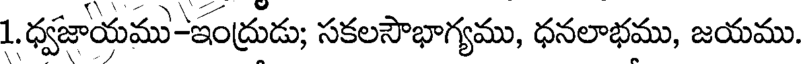
1.ధ్వజాయము-ఇంద్రుడు; సకలసౌభాగ్యము, ధనలాభము, జయము.